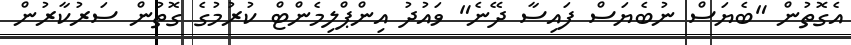
އެގޮތުން "ބެޔަސް ނުބެޔަސް ފައިސާ ދޭނެ" ވައުދު އިންޕްލިމެންޓް ކުރުމުގެ ގޮތުން ސަރުކާރުން